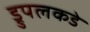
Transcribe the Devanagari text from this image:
ड्रुपलकडे